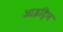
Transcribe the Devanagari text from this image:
आइट्रिप